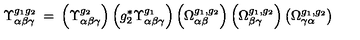
\Upsilon _ { \alpha \beta \gamma } ^ { g _ { 1 } g _ { 2 } } \: = \: \left( \Upsilon _ { \alpha \beta \gamma } ^ { g _ { 2 } } \right) \left( g _ { 2 } ^ { * } \Upsilon _ { \alpha \beta \gamma } ^ { g _ { 1 } } \right) \left( \Omega _ { \alpha \beta } ^ { g _ { 1 } , g _ { 2 } } \right) \left( \Omega _ { \beta \gamma } ^ { g _ { 1 } , g _ { 2 } } \right) \left( \Omega _ { \gamma \alpha } ^ { g _ { 1 } , g _ { 2 } } \right)